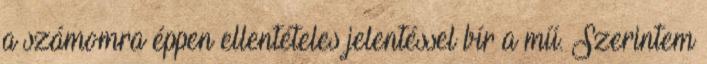
a számomra éppen ellentételes jelentéssel bír a mű. Szerintem